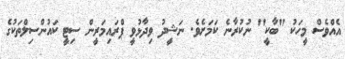
އެއްވެސް މީހަކު "ބާކީ" ނުކުރާނެ ކަމަށެވެ. ނަޝީދު ވިދާޅުވީ ޕްރައިމަރީން ސިޓީ ކައުންސިލްތަކުގެ